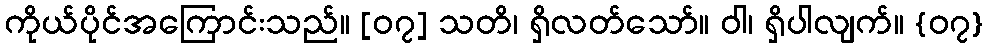
ကိုယ်ပိုင်အကြောင်းသည်။ [၀၇] သတိ၊ ရှိလတ်သော်။ ဝါ၊ ရှိပါလျက်။ {၀၇}